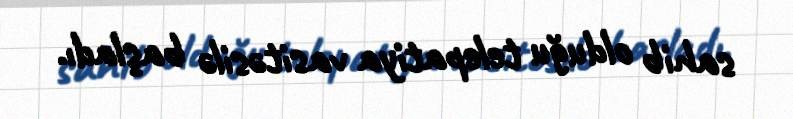
sahib olduğu telepatiya vasitəsilə başladı.